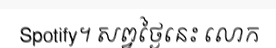
Spotify។ សព្វថ្ងៃនេះ លោក